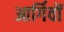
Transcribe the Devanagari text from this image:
आर्गिवों